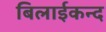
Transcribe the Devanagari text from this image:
बिलाईकन्द